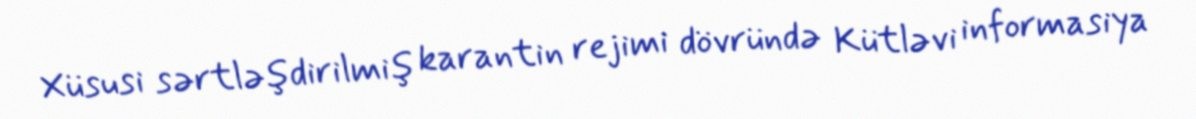
Xüsusi sərtləşdirilmiş karantin rejimi dövründə Kütləvi informasiya